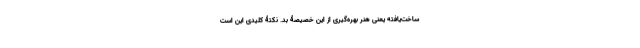
ساخت‌یافته یعنی هنر بهره‌گیری از این خصیصۀ بد. نکتۀ کلیدی این است